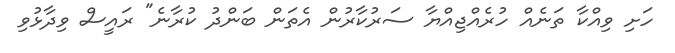
ހަށި ވިއްކާ ތަނެއް ހުރެއްޖިއްޔާ ސަރުކާރުން އެތަން ބަންދު ކުރާނެ" ރައީސް ވިދާޅުވި